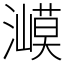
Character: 㵹